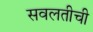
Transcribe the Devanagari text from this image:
सवलतीची